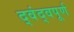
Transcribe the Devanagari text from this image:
द्वंद्वपूर्ण